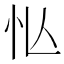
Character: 𢗅